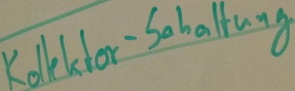
Text: Kollektor-Schaltung